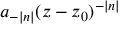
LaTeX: a _ { - | n | } ( z - z _ { 0 } ) ^ { - | n | }